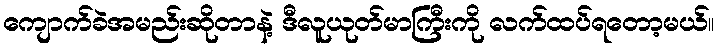
ကျောက်ခဲအမည်းဆိုတာနဲ့ ဒီလူယုတ်မာကြီးကို လက်ထပ်ရတော့မယ်။